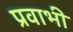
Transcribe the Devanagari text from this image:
प्रवाभी